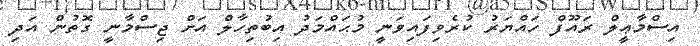
އިސްމާޢީލް ރައޫފް ހައްޔަރު ކުރެވިފައިވަނީ މުޙައްމަދު އިބުތިހާލް އަށް ޖިސްމާނީ ގޮތުން އަދި